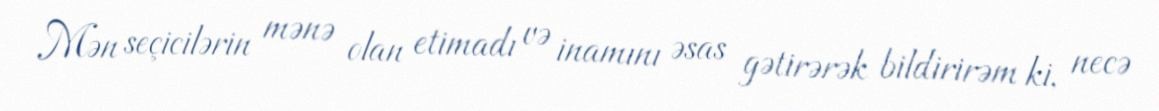
Mən seçicilərin mənə olan etimadı və inamını əsas gətirərək bildirirəm ki, necə